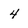
Character: 4